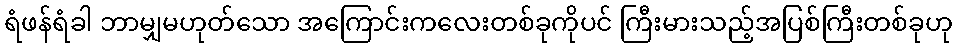
ရံဖန်ရံခါ ဘာမျှမဟုတ်သော အကြောင်းကလေးတစ်ခုကိုပင် ကြီးမားသည့်အပြစ်ကြီးတစ်ခုဟု